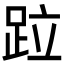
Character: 𨀎